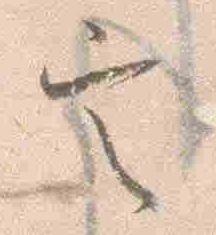
定